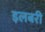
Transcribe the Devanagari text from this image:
इलबरी